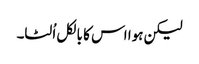
لیکن ہوا اس کا بالکل اُلٹا۔